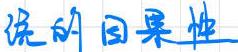
说明因果性